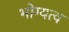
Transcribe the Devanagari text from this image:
भोग्यत्व